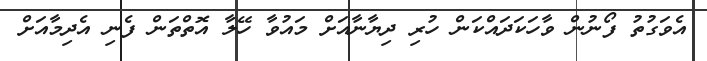
އެވަގުތު ފޯނުން ވާހަކަދައްކަން ހުރި ދިޔާނާއަށް މައުވާ ހޭލާ އޮތްތަން ފެނި އެދިމާއަށް